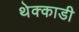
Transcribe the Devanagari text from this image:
थेक्काडी